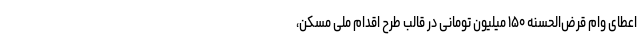
اعطای وام قرض‌الحسنه ۱۵۰ میلیون تومانی در قالب طرح اقدام ملی مسکن،